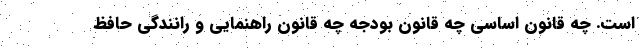
است. چه قانون اساسی چه قانون بودجه چه قانون راهنمایی و رانندگی حافظ